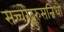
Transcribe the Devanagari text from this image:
सच्चरेद्गुरुसन्निधौ